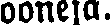
ooneja